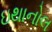
ઇથાનોલ